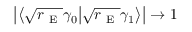
\left| \left\langle \sqrt { r _ { \mathrm { ~ E ~ } } } \gamma _ { 0 } \big | \sqrt { r _ { \mathrm { ~ E ~ } } } \gamma _ { 1 } \right\rangle \right| \to 1